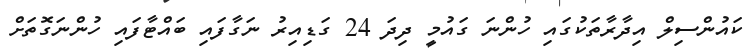
ކައުންސިލް އިދާރާތަކުގައި ހުންނަ ގައުމީ ދިދަ 24 ގަޑިއިރު ނަގާފައި ބައްޓާފައި ހުންނަގޮތަށް